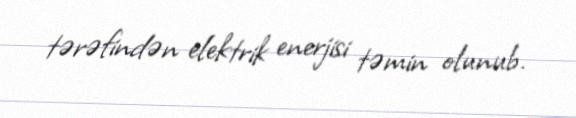
tərəfindən elektrik enerjisi təmin olunub.